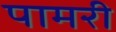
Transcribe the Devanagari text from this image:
पामरी